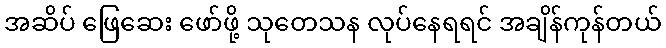
အဆိပ် ဖြေဆေး ဖော်ဖို့ သုတေသန လုပ်နေရရင် အချိန်ကုန်တယ်